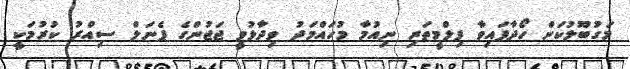
މަގުބޫލުކަން ހޯދާފައިވާ ފިލްމީތަރި ނިއުމާ މުހައްމަދު ވިދާޅުވީ ޖަޖުންގެ ޕެނަލް ސިއްރު ކުރުމަކީ